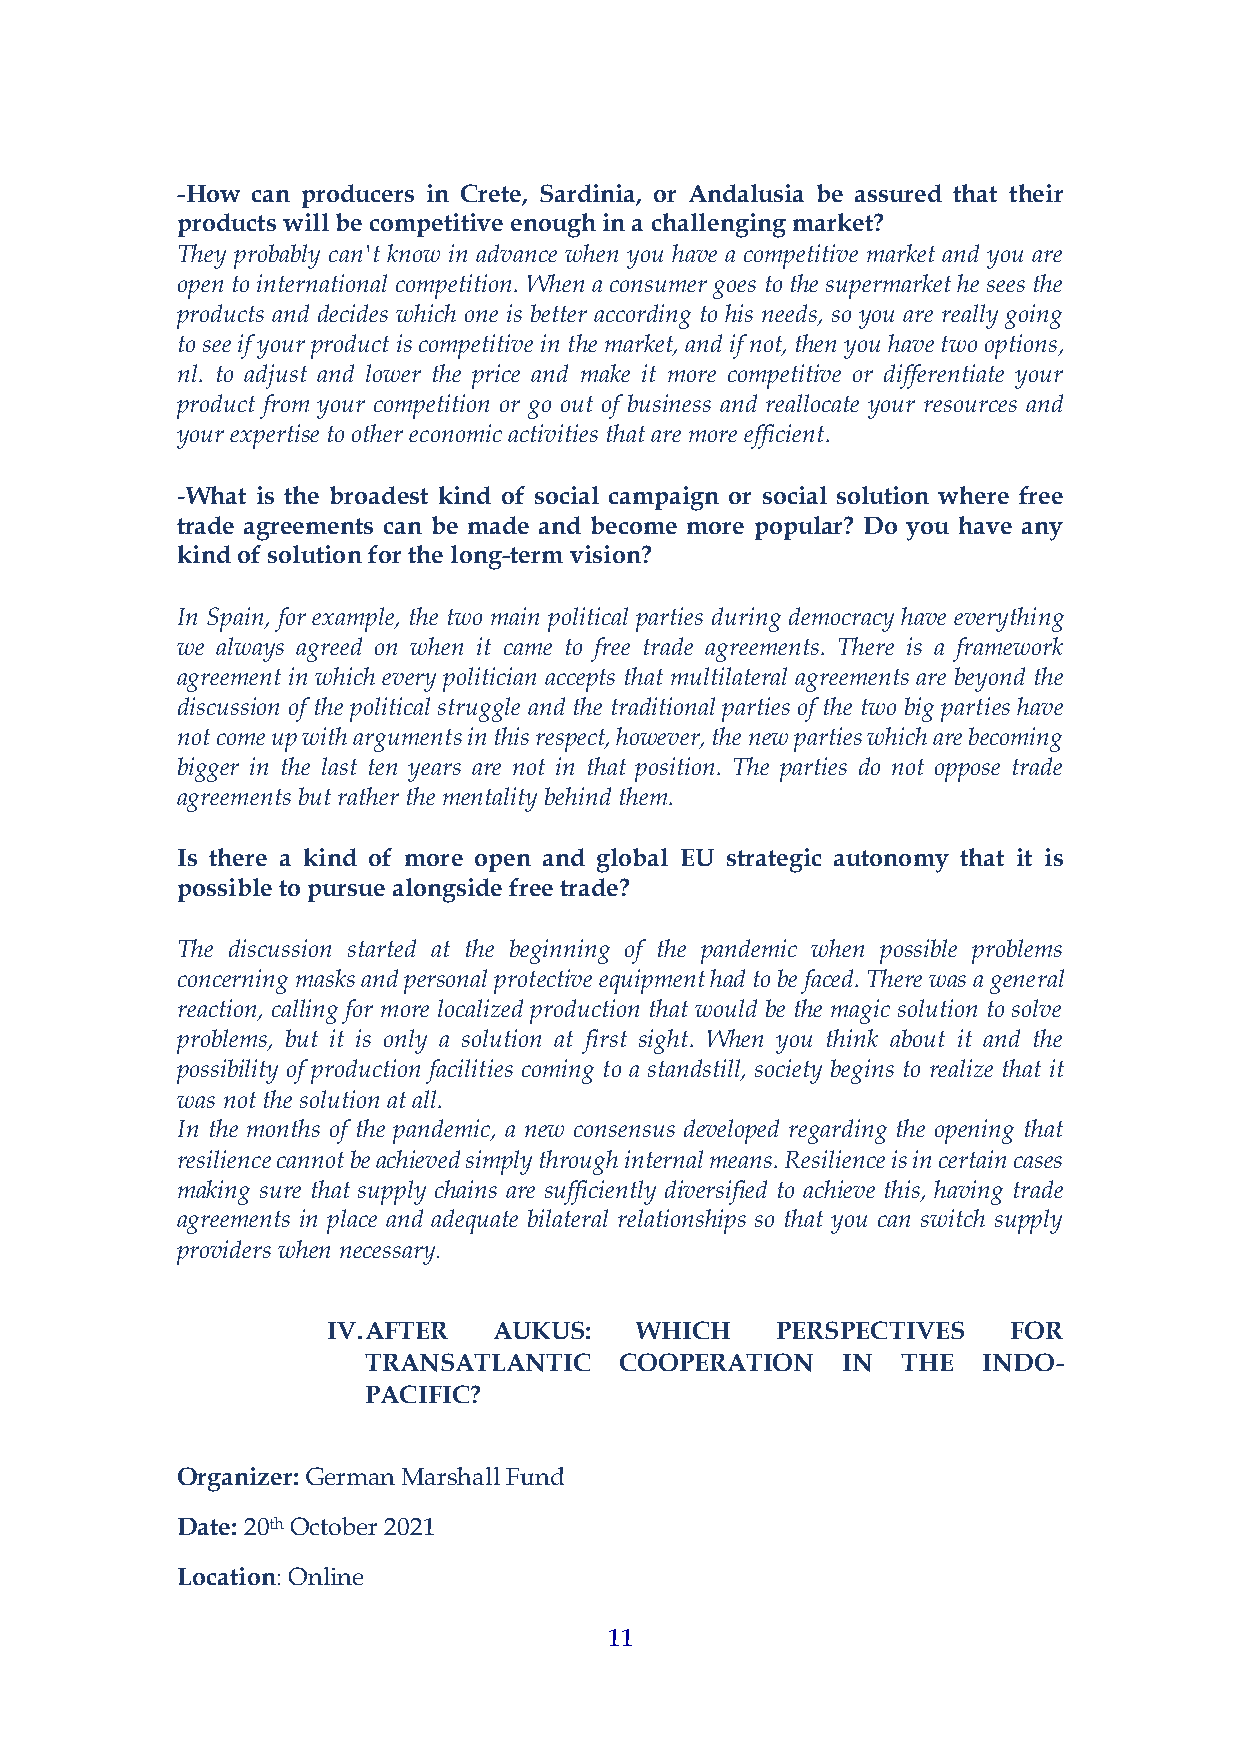
-How can producers in Crete, Sardinia, or Andalusia be assured that their
 products will be competitive enough in a challenging market?
 They probably can't know in advance when you have a competitive market and you are
 open to international competition. When a consumer goes to the supermarket he sees the
 products and decides which one is better according to his needs, so you are really going
 to see if your product is competitive in the market, and if not, then you have two options,
 nl. to adjust and lower the price and make it more competitive or differentiate your
 product from your competition or go out of business and reallocate your resources and
 your expertise to other economic activities that are more efficient.
 -What is the broadest kind of social campaign or social solution where free
 trade agreements can be made and become more popular? Do you have any
 kind of solution for the long-term vision?
 In Spain, for example, the two main political parties during democracy have everything
 we always agreed on when it came to free trade agreements. There is a framework
 agreement in which every politician accepts that multilateral agreements are beyond the
 discussion of the political struggle and the traditional parties of the two big parties have
 not come up with arguments in this respect, however, the new parties which are becoming
 bigger in the last ten years are not in that position. The parties do not oppose trade
 agreements but rather the mentality behind them.
 Is there a kind of more open and global EU strategic autonomy that it is
 possible to pursue alongside free trade?
 The discussion started at the beginning of the pandemic when possible problems
 concerning masks and personal protective equipment had to be faced. There was a general
 reaction, calling for more localized production that would be the magic solution to solve
 problems, but it is only a solution at first sight. When you think about it and the
 possibility of production facilities coming to a standstill, society begins to realize that it
 was not the solution at all.
 In the months of the pandemic, a new consensus developed regarding the opening that
 resilience cannot be achieved simply through internal means. Resilience is in certain cases
 making sure that supply chains are sufficiently diversified to achieve this, having trade
 agreements in place and adequate bilateral relationships so that you can switch supply
 providers when necessary.
 IV. AFTER  AUKUS:   WHICH    PERSPECTIVES    FOR
 TRANSATLANTIC    COOPERATION    IN  THE  INDO-
 PACIFIC?
 Organizer: German Marshall Fund
 Date: 20th October 2021
 Location: Online
 11